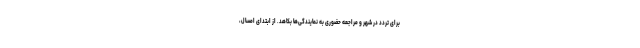
برای تردد در شهر و مراجعه حضوری به نمایندگی‌ها بکاهد. از ابتدای امسال،